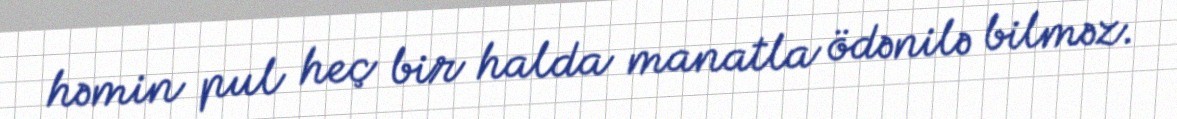
həmin pul heç bir halda manatla ödənilə bilməz.